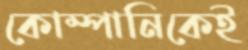
কোম্পানিকেই